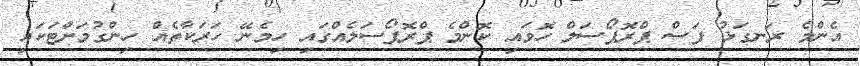
އެންމެ ރަނގަޅު ފަސް ޕްރޮޕޯސަލް ހޮވައި ކޮންމެ ޕްރޮޕޯސަލެއްގައި ހިމެނޭ ހަރަކާތެއް ހިންގުމަށްޓަކައި